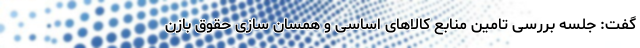
گفت: جلسه بررسی تامین منابع کالا‌های اساسی و همسان سازی حقوق بازن